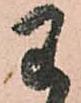
わ